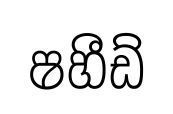
ෂහීඩ්